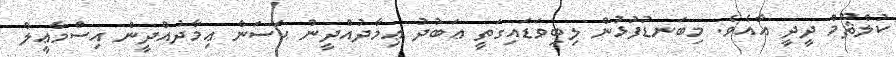
ކުލްޘޫމް ދީދީ އާއެވެ. މިބަނޑުފުޅުން ލިބިވަޑައިގަތީ ޢަބުދު ޢިމާދުއްދީން ޙަސަން ޢިމާދުއްދީން އިސްމާޢީލް